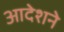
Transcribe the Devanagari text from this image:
आदेशने